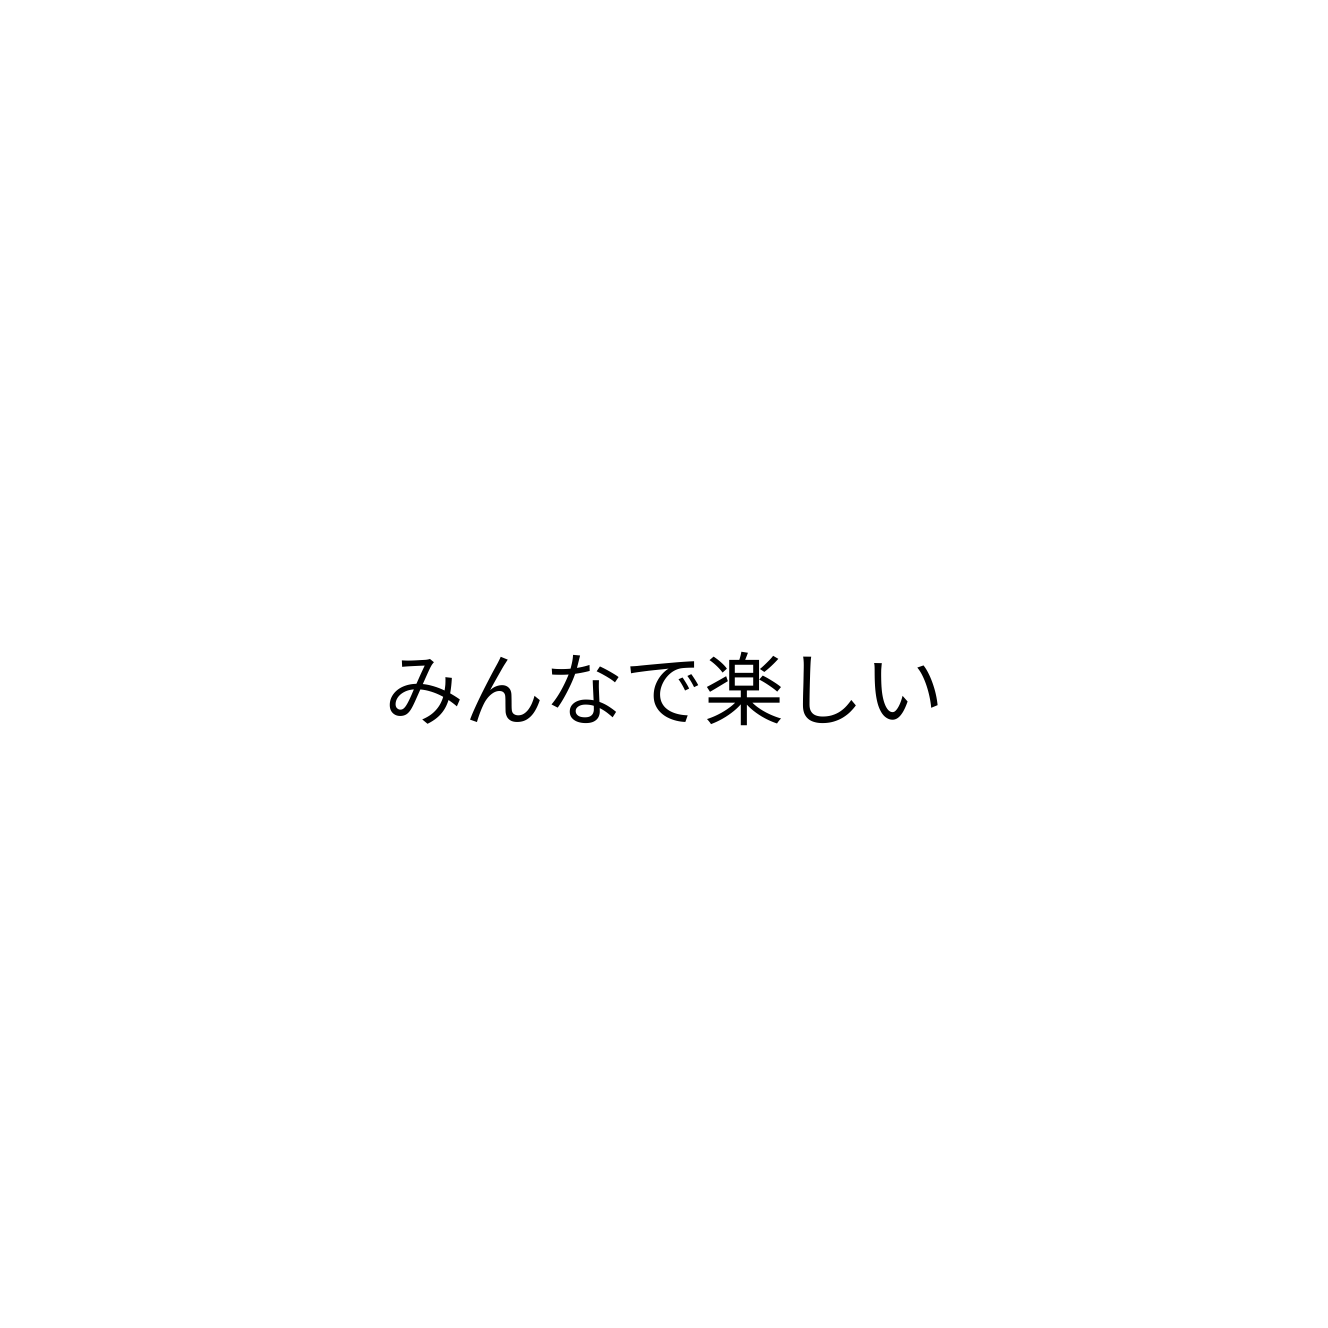
みんなで楽しい